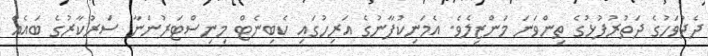
ދެދުވަހުގެ ދަތުރުފުޅުގެ ތިންވަނަ މަންޒިލެވެ. އެމަނިކުފާނުގެ އަރިހުގައި ކެބިނެޓް މިނިސްޓަރުންނާ ސަރުކާރުގެ ބައެއް